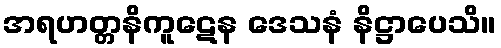
အရဟတ္တနိကူဋေန ဒေသနံ နိဋ္ဌာပေသိ။